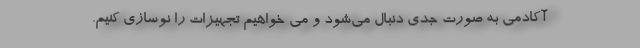
آکادمی به صورت جدی دنبال می‌شود و می خواهیم‌ تجهیزات را نوسازی کنیم.